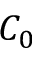
C _ { 0 }